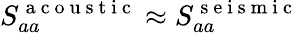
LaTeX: S_{aa}^{\mathrm{~a~c~o~u~s~t~i~c~}}\approx S_{aa}^{\mathrm{~s~e~i~s~m~i~c~}}